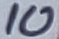
Text: 10